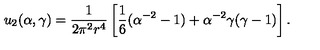
u _ { 2 } ( \alpha , \gamma ) = \frac 1 { 2 \pi ^ { 2 } r ^ { 4 } } \left[ \frac 1 6 ( \alpha ^ { - 2 } - 1 ) + \alpha ^ { - 2 } \gamma ( \gamma - 1 ) \right] .